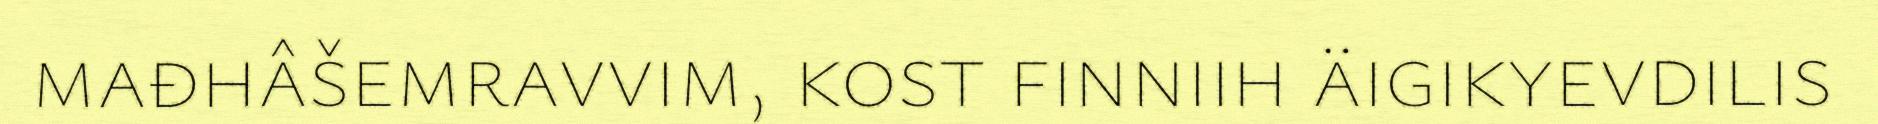
mađhâšemravvim, kost finniih äigikyevdilis